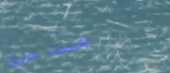
افتتحنا حديثاً